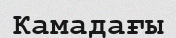
Камадағы